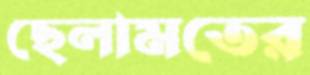
ছেলামতের